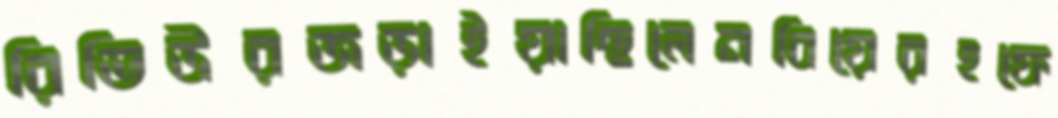
রিভিউরজড়াইয়াছিলেনবিয়েরহফে